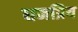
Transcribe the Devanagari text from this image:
धनप्रिय